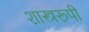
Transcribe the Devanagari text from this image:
शास्त्ररूपी